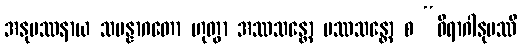
အနုပဿနာယ သမန္နာဂတော ဟုတွာ အဿသန္တော ပဿသန္တော စ “ဝိရာဂါနုပဿီ